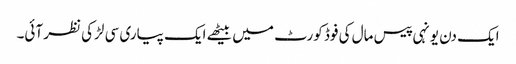
ایک دن یونہی پیس مال کی فوڈ کورٹ میں بیٹھے ایک پیاری سی لڑکی نظر آئی۔